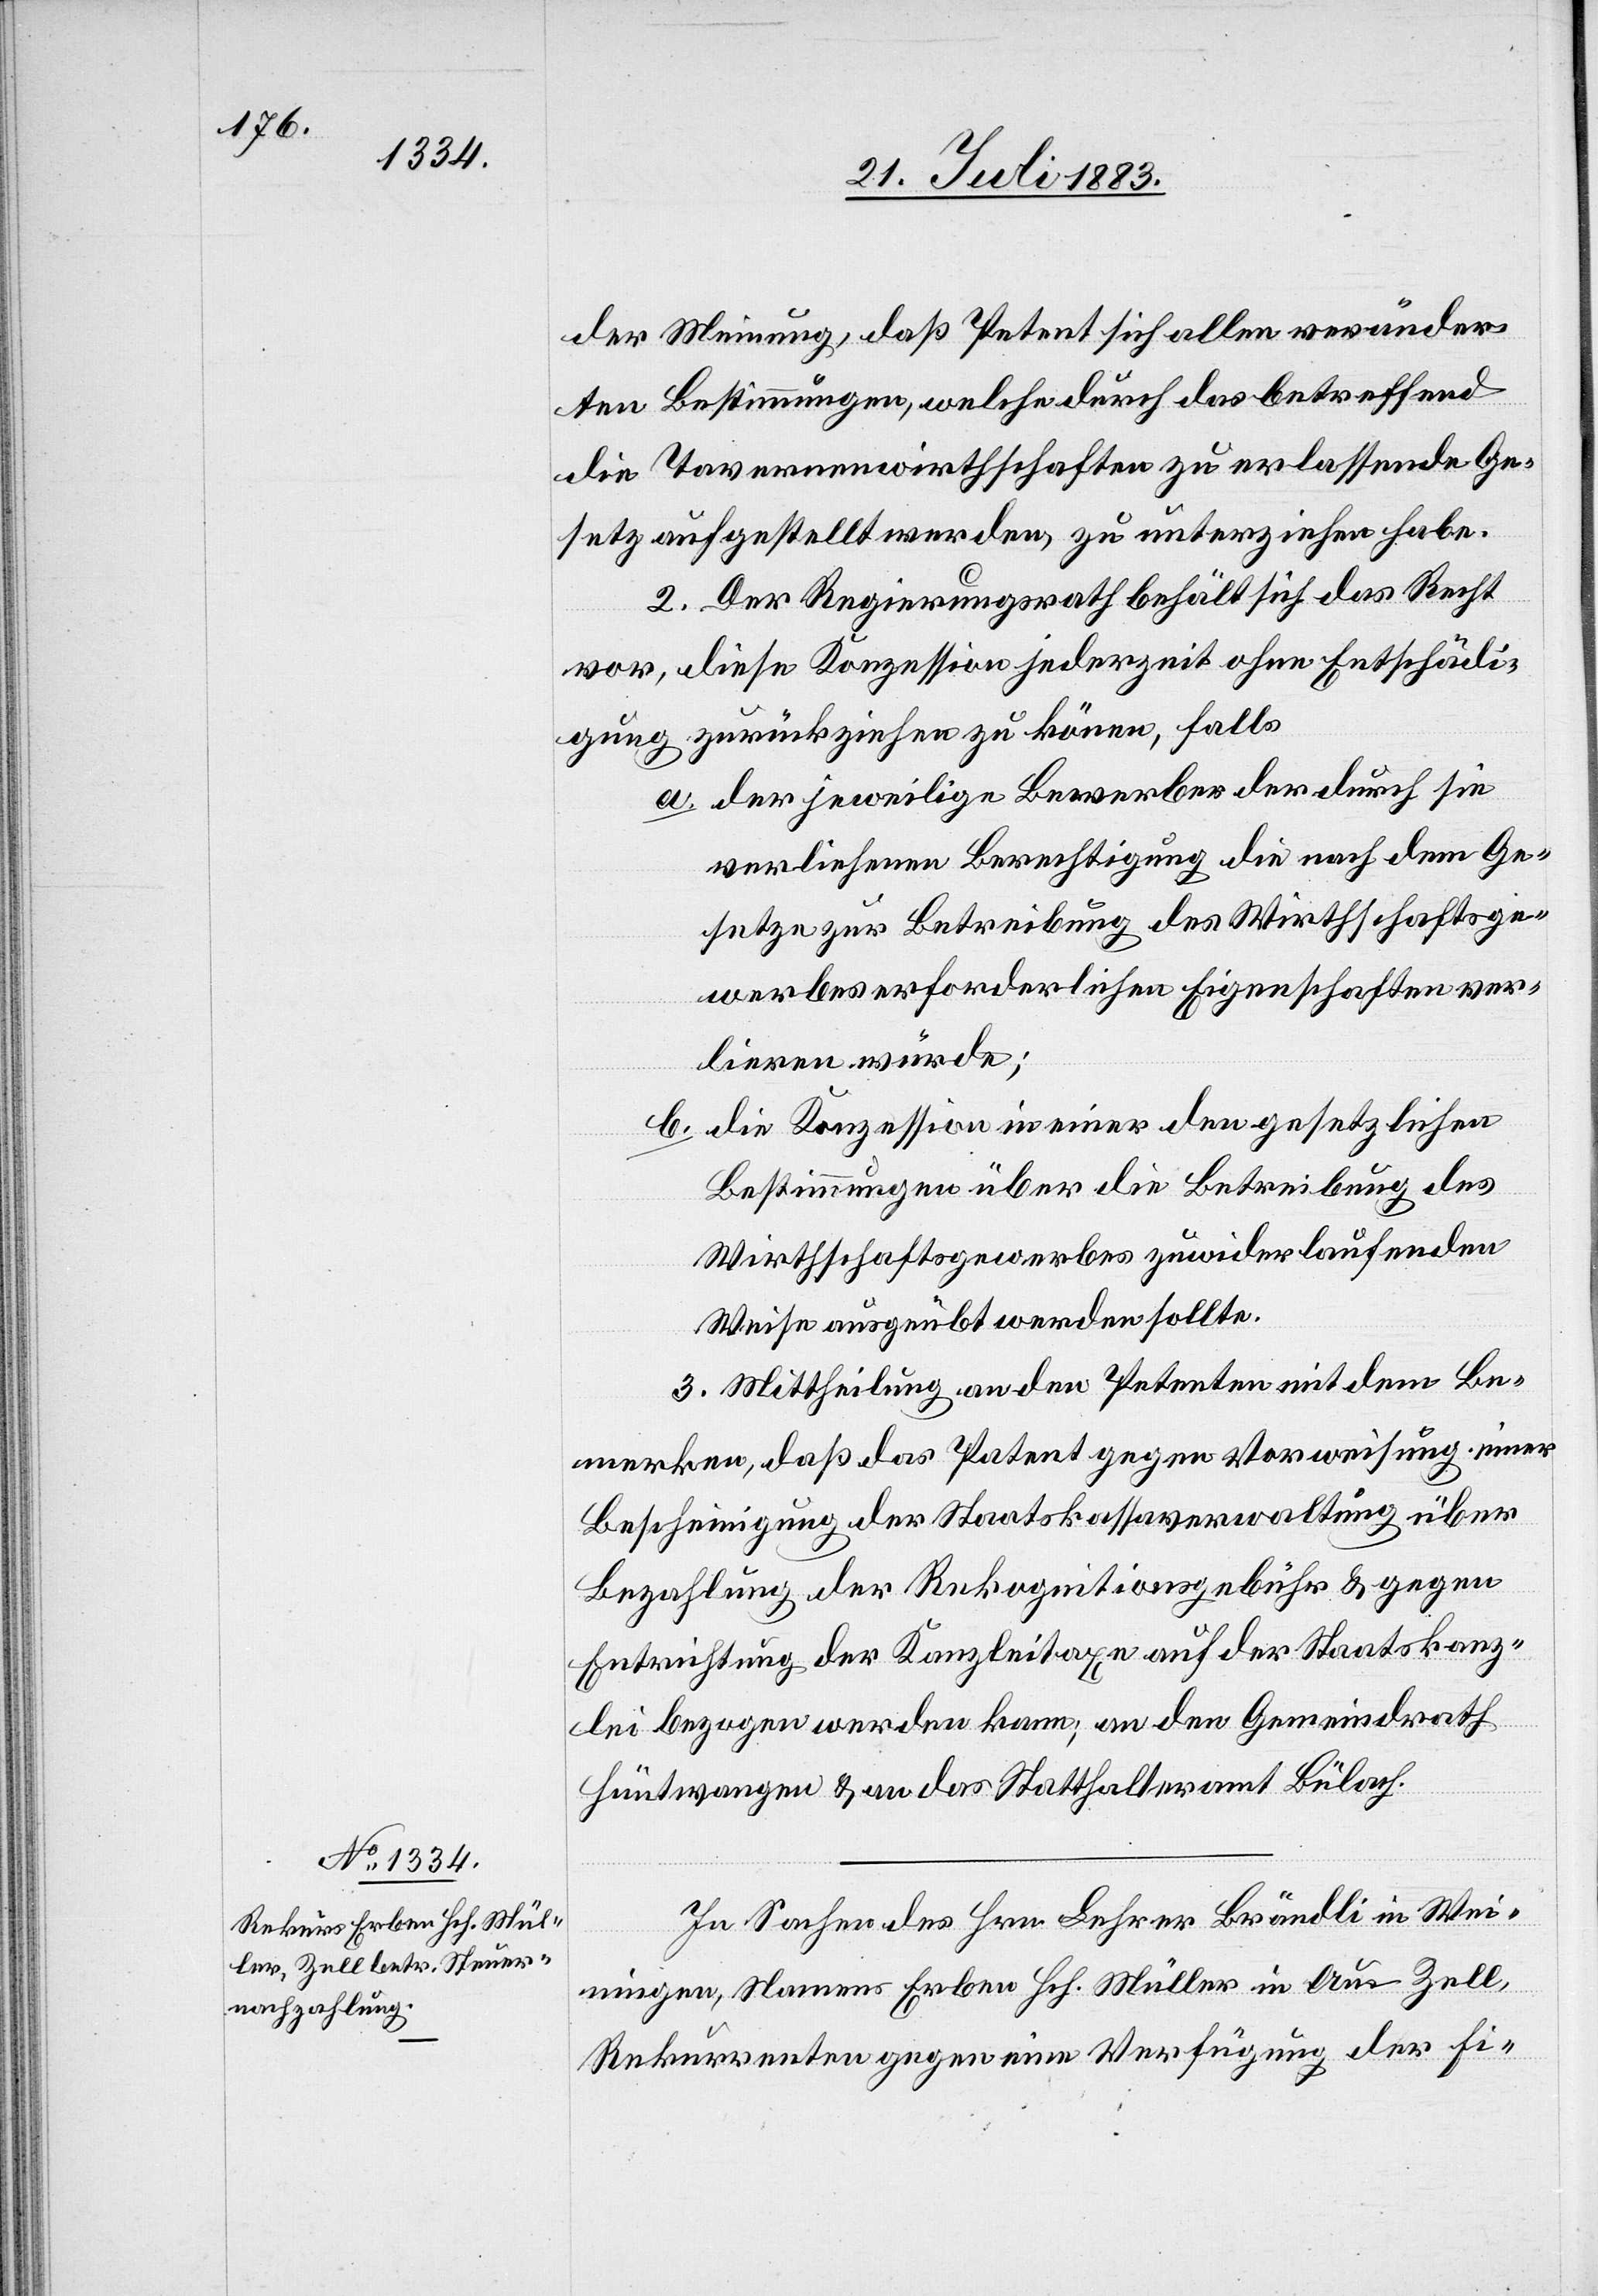
der Meinung, daß Petent sich allen veränder¬
ten Bestimmungen, welche durch das betreffend
die Tavernenwirthschaften zu erlassende Ge¬
setz aufgestellt werden, zu unterziehen habe.
2. Der Regierungsrath behält sich das Recht
vor, diese Konzession jederzeit ohne Entschädi¬
gung zurückziehen zu können, falls
a. der jeweilige Besitzer der durch sie
verliehenen Berechtigung die nach dem Ge¬
setze zur Betreibung des Wirtschaftsge¬
werbes erforderlichen Eigenschaften ver¬
lieren würde;
die Konzession in einer den gesetzlichen
b.
Bestimmungen über die Betreibung des
Wirtschaftsgewerbes zuwiderlaufenden
Weise ausgeübt werden sollte.
3. Mittheilung an den Petenten mit dem Be¬
merken, daß das Petent [sic!] gegen Vorweisung einer
Bescheinigung der Staatskassaverwaltung über
Bezahlung der Rekognitionsgebühr & gegen
Entrichtung der Kanzleitaxe auf der Staatskanz¬
lei bezogen werden kann; an den Gemeindrath
Hüntwangen & an das Statthalteramt Bülach.
In Sachen des Hrn. Lehrer Brändli in Wei¬
nigen, Namens Erben Hch. Müller in Au - Zell,
Rekurrenten gegen eine Verfügung der Fi-